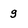
Character: g